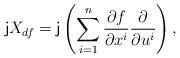
LaTeX: \begin{align*}{\sf j}X_{df}={\sf j}\left(\sum_{i=1}^n\frac{\partial f}{ \partial x^i}\frac{\partial}{\partial u^i}\right),\end{align*}